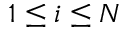
1 \leq i \leq N